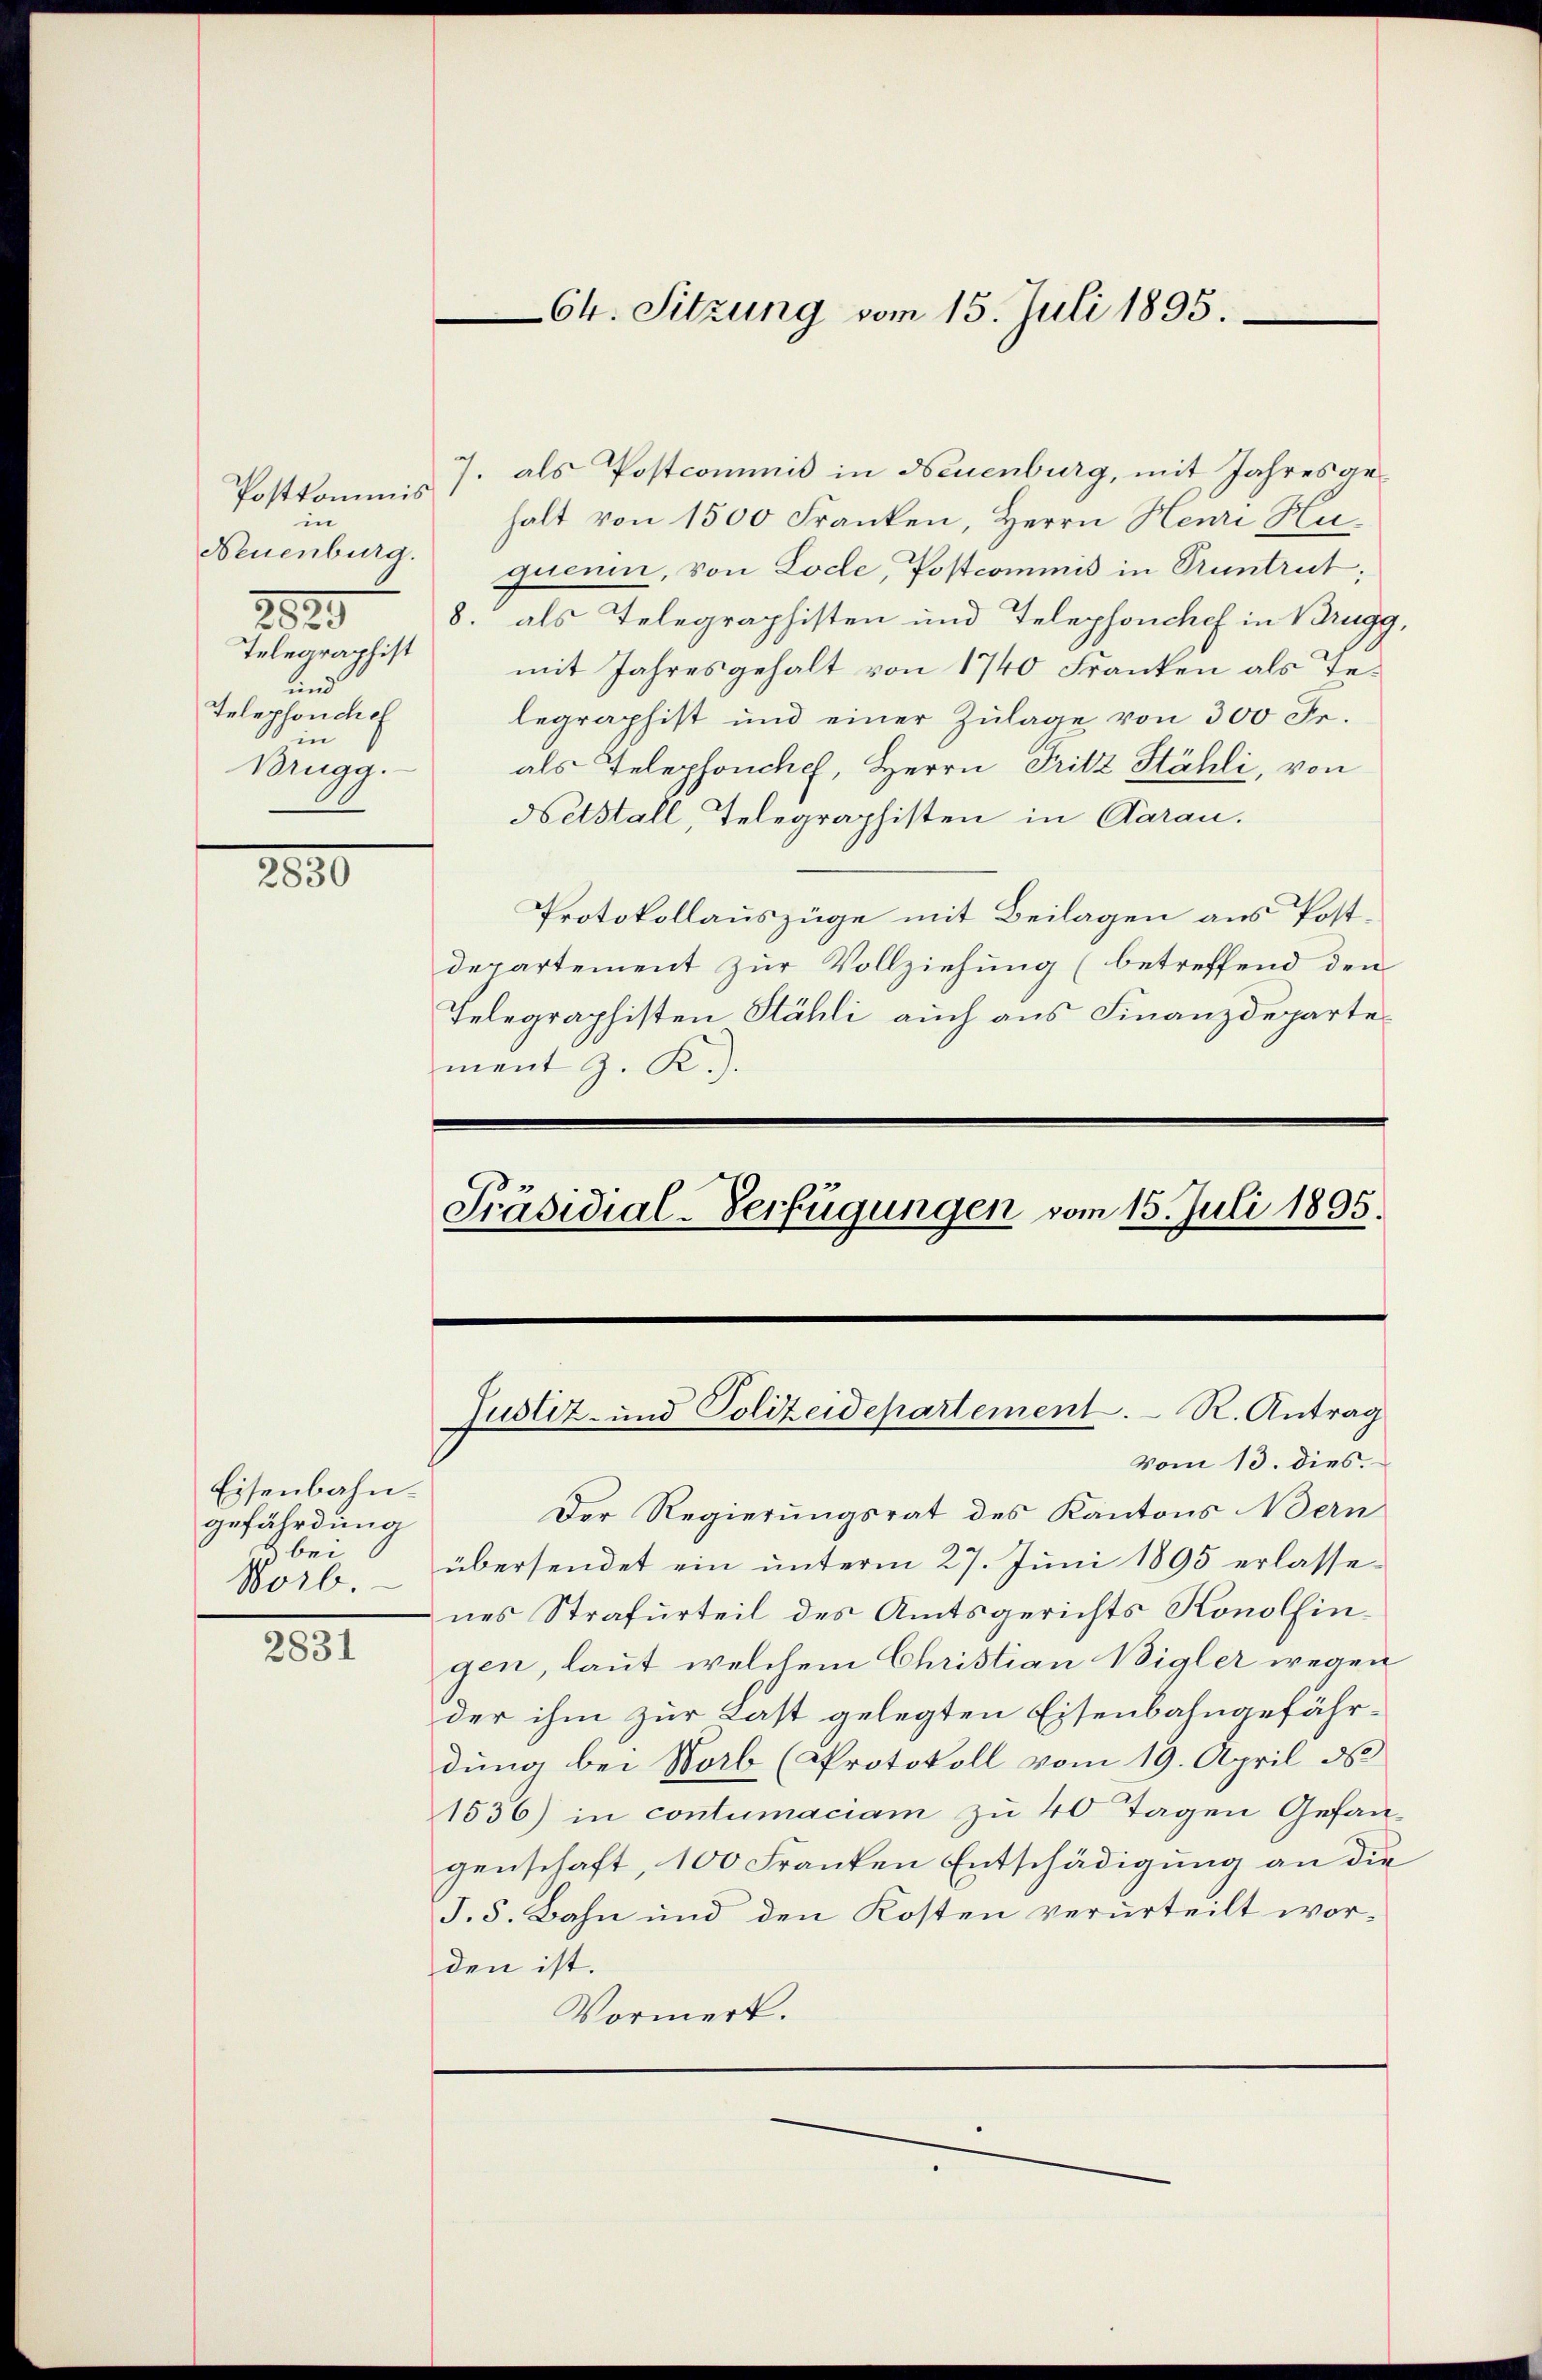
Postkommis
in
Neuenburg.
.
2
Telegraphist
und
Telephonche
10 in
Brugg.

2890

2831

7. als Postcommis in Neuenburg, mit Jahresgehalt von 1500 Franken, Herrn Henri Huquenin, von Lode, Postcommis in Pruntrut;
8. als Telegraphisten und Telephonchef in Brugg,
mit Jahresgehalt von 1740 Franken als Telegraphist und einer Zulage von 300 Fr.
als Telephoncch, Herrn Fritz Hähli, von
Netstall, Telegraphisten in Aarau.
Protokollauszüge mit Beilagen aus Postdepartement zur Vollziehung (betreffend den
Telegraphisten Stähli auch aus Finanzdeparte
ment J. R.).

Eisenbahngefährdung
b bei
Worb.

Ch. Sitzung vom 15. Juli 1895.

Präsidial-Verfügungen vom 15. Juli 1895.

Justiz- und Polizeidepartement. R. Antrag
vom 13. dies.

Der Regierungsrat des Kantons Bern
übersendet ein unterm 27. Juni 1895 erlassenes Strafurteil des Amtsgerichts Konolfingen, laut welchem Christian Bigler wegen
der ihm zur Last gelegten Eisenbahngefährdung bei Norb (Protokoll vom 19. April ds
1536) in contumaciam zu 40 Tagen Gefangenschaft, 100 Franten Entschädigung an die
J. 8. Bahn und den Kosten verurteilt worden ist.
Vormerk.